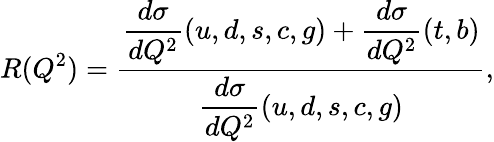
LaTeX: R(Q^{2})=\frac{\displaystyle\frac{d\sigma}{dQ^{2}}(u,d,s,c,g)+\frac{d\sigma}{dQ^{2}}(t,b)}{\displaystyle\frac{d\sigma}{dQ^{2}}(u,d,s,c,g)},